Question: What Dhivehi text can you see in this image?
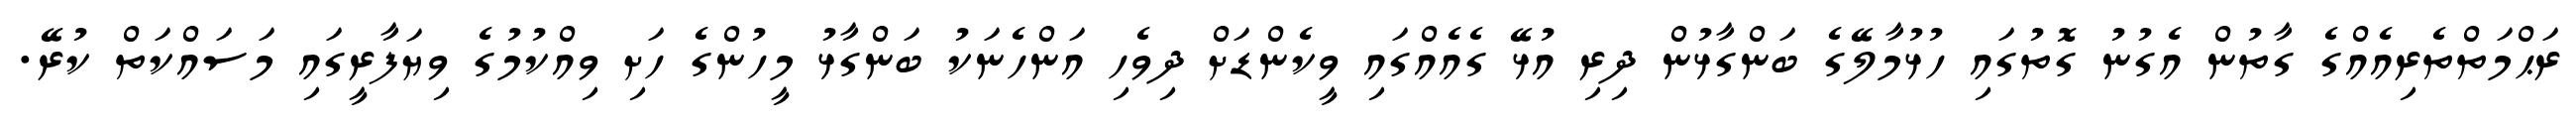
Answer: ރަޙްމަތްތެރިއެއްގެ ގާތުން އެގުނު ގޮތުގައި ހުޅުމާލޭގެ ބަންގާޅުން ދިރި އުޅޭ ގެއެއްގައި ވީކެންޑަށް ދިވެހި އަންހެނަކު ބަންގާޅު މީހުންގެ ހަށި ވިއްކުމުގެ ވިޔަފާރީގައި މަސައްކަތް ކުރޭ.